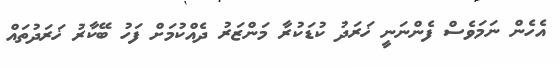
އެހެން ނަމަވެސް ފެންނަނީ ޚަރަދު ކުޑަކުރާ މަންޒަރު ދެއްކުމަށް ފަހު ބޭކާރު ޚަރަދުތައް